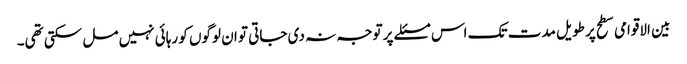
بین الاقوامی سطح پر طویل مدت تک اس مسئلے پر توجہ نہ دی جاتی تو ان لوگوں کو رہائی نہیں مل سکتی تھی۔